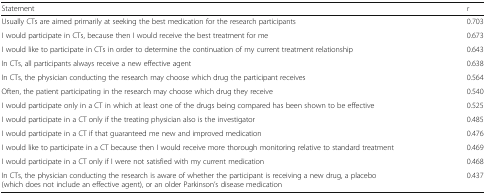
<table><thead><tr><td><b>Statement</b></td><td><b><i>r</i></b></td></tr></thead><tbody><tr><td>Usually CTs are aimed primarily at seeking the best medication for the research participants</td><td>0.703</td></tr><tr><td>I would participate in CTs, because then I would receive the best treatment for me</td><td>0.673</td></tr><tr><td>I would like to participate in CTs in order to determine the continuation of my current treatment relationship</td><td>0.643</td></tr><tr><td>In CTs, all participants always receive a new effective agent</td><td>0.638</td></tr><tr><td>In CTs, the physician conducting the research may choose which drug the participant receives</td><td>0.564</td></tr><tr><td>Often, the patient participating in the research may choose which drug they receive</td><td>0.540</td></tr><tr><td>I would participate only in a CT in which at least one of the drugs being compared has been shown to be effective</td><td>0.525</td></tr><tr><td>I would participate in a CT only if the treating physician also is the investigator</td><td>0.485</td></tr><tr><td>I would participate in a CT if that guaranteed me new and improved medication</td><td>0.476</td></tr><tr><td>I would like to participate in a CT because then I would receive more thorough monitoring relative to standard treatment</td><td>0.469</td></tr><tr><td>I would participate in a CT only if I were not satisfied with my current medication</td><td>0.468</td></tr><tr><td>In CTs, the physician conducting the research is aware of whether the participant is receiving a new drug, a placebo (which does not include an effective agent), or an older Parkinson’s disease medication</td><td>0.437</td></tr></tbody></table>